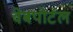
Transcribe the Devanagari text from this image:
वेबपोर्टल